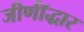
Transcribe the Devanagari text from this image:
जीर्णॉद्धार